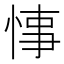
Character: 𢜝